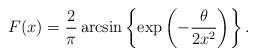
LaTeX: \begin{align*}F(x) = \frac{2}{\pi}\arcsin \left\{\exp\left(-\frac{\theta}{2 x^2}\right)\right\}.\end{align*}